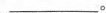
___。